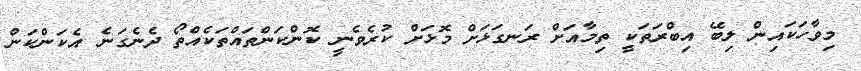
މިވާހަަކައިން ލިބޭ އިބްރަތަކީ ތިމާއަށް ރަނގަޅަށް މޮޅަށް ކުރެވެނީ ކޮންކަންތައްތަކެއްތޯ ދެނެގަނެ އެކަންކަން